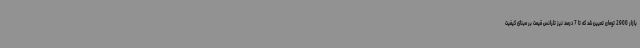
بازار 2900 تومان تعیین شد که تا 7 درصد نیز تلرانس قیمت بر مبنای کیفیت